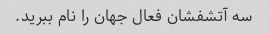
سه آتشفشان فعال جهان را نام ببرید.